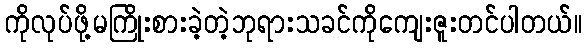
ကိုလုပ်ဖို့မကြိုးစားခဲ့တဲ့ဘုရားသခင်ကိုကျေးဇူးတင်ပါတယ်။